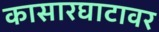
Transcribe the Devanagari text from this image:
कासारघाटावर